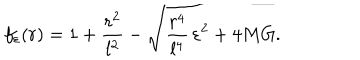
f _ { \varepsilon } ( r ) = 1 + { \frac { r ^ { 2 } } { l ^ { 2 } } } - \sqrt { { \frac { r ^ { 4 } } { l ^ { 4 } } } \, \varepsilon ^ { 2 } + 4 M G } .